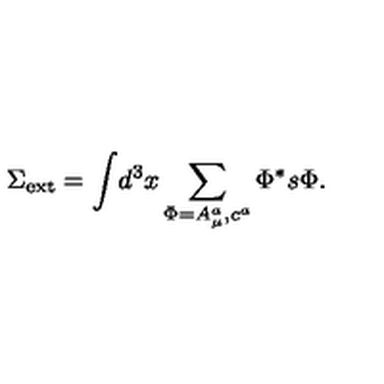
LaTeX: \Sigma _ { \mathrm { e x t } } = \displaystyle { \int } d ^ { 3 } x \sum _ { \Phi = A _ { \mu } ^ { a } , c ^ { a } } \Phi ^ { * } s \Phi .